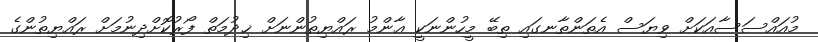
މުއައްސަސާއަކަށް ވިޔަސް އެތަންތާނގައި ތިބޭ މީހުންނަކީ ޢާންމު ރައްޔިތުންނަށް ޚިދުމަތް ފޯރުކޮށްދިނުމަށް ރައްޔިތުންގެ